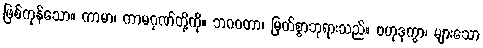
ဖြစ်ကုန်သော။ ကာမာ၊ ကာမဂုဏ်တို့ကို။ ဘဂဝတာ၊ မြတ်စွာဘုရားသည်။ ဗဟုဒုက္ခာ၊ များသော